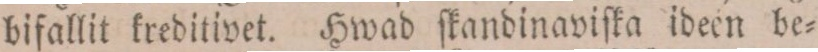
bifallit kreditivet. Hwad ſkandinaviſka ideen be=